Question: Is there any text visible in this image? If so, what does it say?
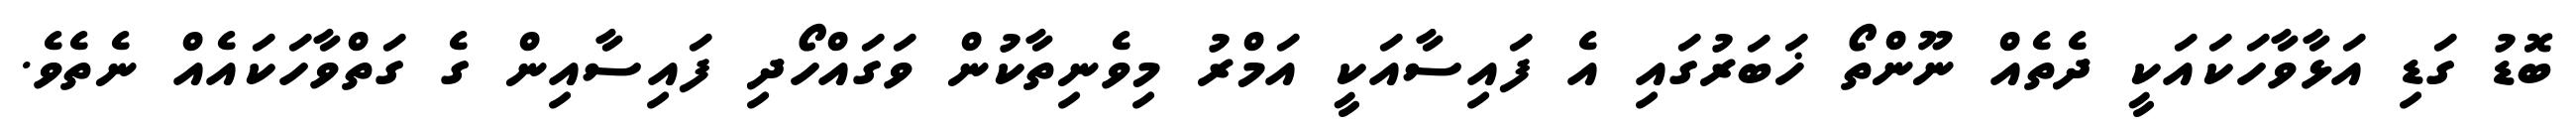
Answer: ބޮޑު ގަޑި އަޅާވާހަކައަކީ ދެތެއް ނޫންތޯ ޚަބަރުގައި އެ ފައިސާއަކީ އަމްރު މިވެނިތާކުން ވަގައްހޯދި ފައިސާއިން ގެ ގަތްވާހަކައެއް ނެތެވެ.